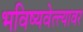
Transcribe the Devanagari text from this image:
भविष्यवेत्त्यावर